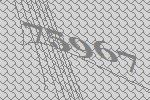
75967